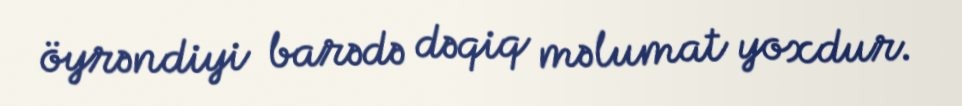
öyrəndiyi barədə dəqiq məlumat yoxdur.